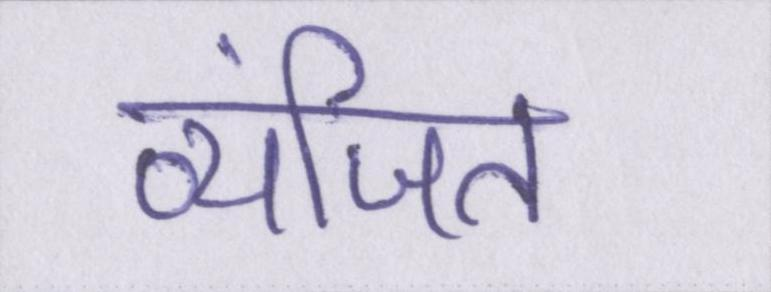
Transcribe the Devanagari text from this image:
व्यंजित